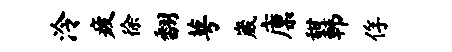
泠疲徐翻萼崴廪甜韩俘